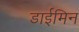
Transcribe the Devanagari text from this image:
डाईमिन